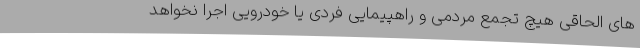
های الحاقی هیچ تجمع مردمی و راهپیمایی فردی یا خودرویی اجرا نخواهد